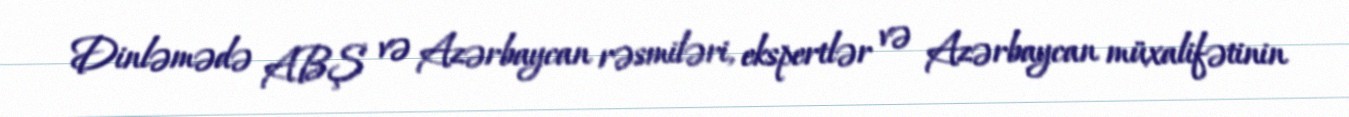
Dinləmədə ABŞ və Azərbaycan rəsmiləri, ekspertlər və Azərbaycan müxalifətinin